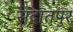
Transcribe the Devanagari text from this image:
सदातपुर